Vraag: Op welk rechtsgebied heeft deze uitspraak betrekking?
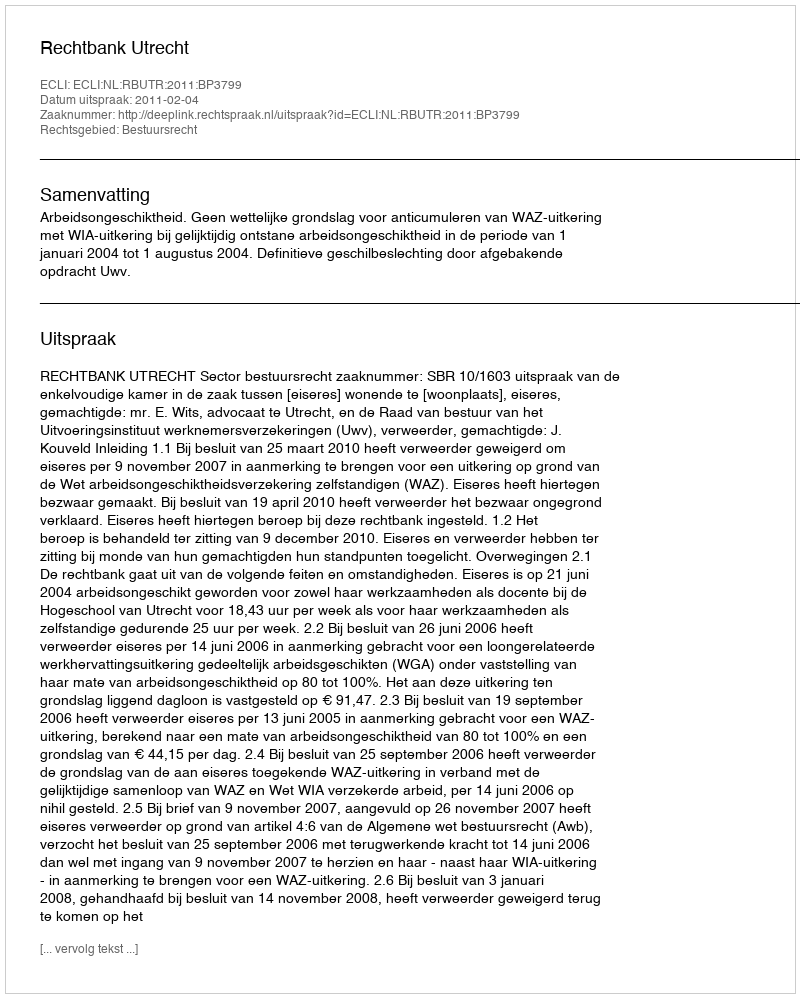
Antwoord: Bestuursrecht